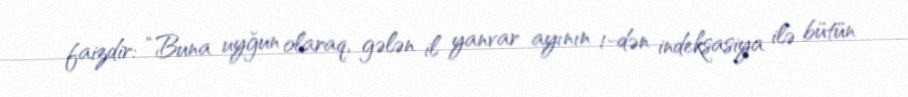
faizdir: “Buna uyğun olaraq, gələn il yanvar ayının 1-dən indeksasiya ilə bütün